Report of the Hyderabad Chloroform Commission
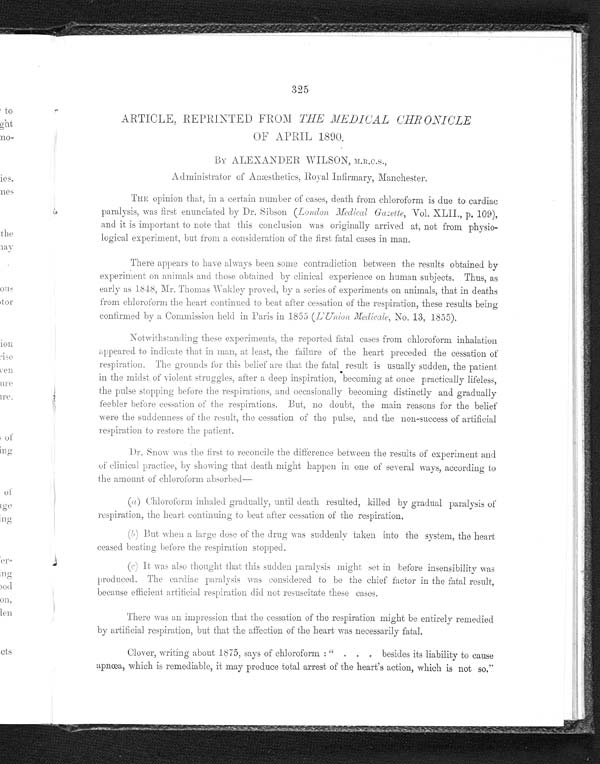
325
ARTICLE, REPRINTED FROM THE MEDICAL CHRONICLE
OF APRIL 1890.
BY ALEXANDER WILSON,
M.R.C.S.,
Administrator of Anæsthetics, Royal Infirmary, Manchester.
THE opinion that, in a certain number of cases, death from chloroform is due to cardiac
paralysis, was first enunciated by Dr. Sibson ( London Medical Gazette, Vol. XLII., p. 109),
and it is important to note that this conclusion was originally arrived at, not from physio--
logical experiment, but from a consideration of the first fatal cases in man.
There appears to have always been some contradiction between the results obtained by
experiment on animals and those obtained by clinical experience On human subjects. Thus, as
early as Mr. Thomas Wakley proved, by a series of experiments on animals, that in deaths
from chloroform the heart continued to beat after cessation of the respiration, these results being
contirmed by a Commission held in Paris in 1855. ( E Union Medicale , No. 13, 1855).
Notwithstanding these experiments, the reported fatal cases from chloroform inhalation
appeared to indicate that in man, at least, the failure of the heart preceded the cessation of
respiration. The grounds for this belief are that the fatal result is usually sudden, the patient
in the midst of violent struggles, after a deep inspiration, becoming at once practically lifeless,
the pulse stopping before the respirations, and occasionally becoming, distinctly and gradually
feebler before cessation of the respirations. But, no doubt, the main reasons for the belief
were the suddenness of the result, the cessation of the pulse, and the non-success of artificial
respiration to restore the patient.
D r . S n o w w a s t h e f i r s t t o r e c o n c i l e t h e d i f f e r e n c e b e t w e e n t h e r e s u l t s o f e x p e r i m e n t a n d
of clinical practice, by showing that death might happen in one of several ways, according to
the amount of chloroform
(a ) Chloroform inhaled gradually, until death resulted, killed by gradual paralysis of
the respiration, the heart continuing to beat after cessation of the respiration.
(b) But when a l ar ge dose of t he dr ug was suddenl y t aken i nt o t he syst em, t he hear t
ceased beagting before the respiration stopped.
(c) It was also thought that this sudden paralysis might set in before insensibility was
produced. The cardiac paralysis was considered to be the chief factor in the fatal result,
because efficient artificial respiration did not resuscitate these cases.
There was an impression that the cessation of the respiration might be entirely remedied
by artificial respiration, but that the affection of the heart was necessarily fatal.
Clover, writing about 1875, says of chloroform; " . . . besides its liability to cause
apnœa, which is remediable, it may produce total arrest of the heart's action, which is not so."